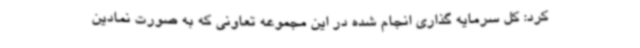
کرد: کل سرمایه گذاری انجام شده در این مجموعه تعاونی که به صورت نمادین